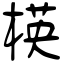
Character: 楧